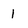
Character: 1